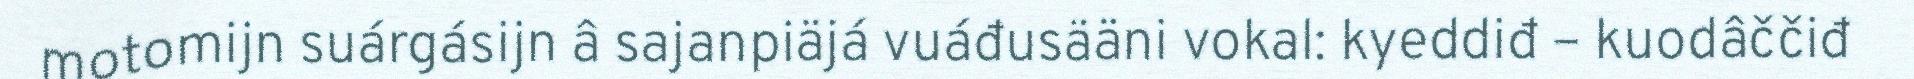
motomijn suárgásijn â sajanpiäjá vuáđusääni vokal: kyeddiđ – kuodâččiđ